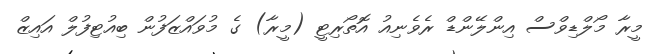
މީރާ މޯލްޑިވްސް އިންލޭންޑް ރެވެނިއު އޮތޯރިޓީ (މީރާ) ގެ މުވައްޒަފުން ބިއުޓިފުލް އައިޒް